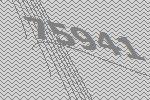
75941